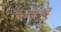
અવધારણ